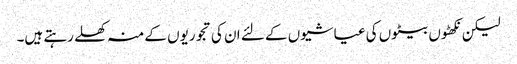
لیکن نکھٹوں بیٹوں کی عیاشیوں کے لئے ان کی تجوریوں کے منہ کھلے رہتے ہیں۔